Insane asylums Bombay 1873-77 - 1873-1877
Year: 1873
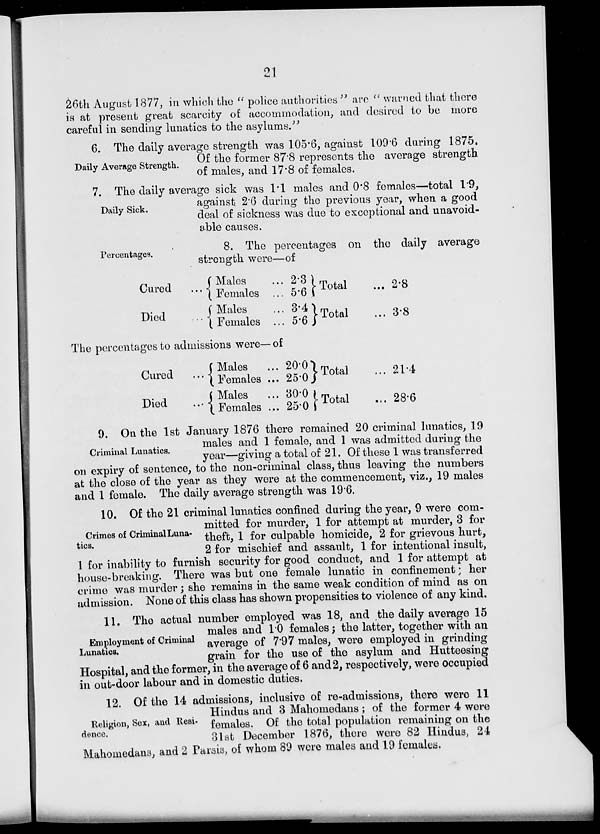
21
26th August 1877, in which the " police authorities " are " warned that there
is at present great scarcity of accommodation, and desired to be more
careful in sending lunatics to the asylums."
Daily Average Strength.
6. The daily average strength was 105.6, against 109.6 during 1875,
Of the former 87.8 represents the average strength
of males, and 17.8 of females.
Daily Sick.
7. The daily average sick was 1.1 males and 0.8 females—total 1.9,
against 2.6 during the previous year, when a good
deal of sickness was due to exceptional and unavoid-
able causes.
Percentages.
8. The percentages on the daily average
strength were—of
Cured ...
Died
...
Males ...
Females ...
Males ...
Females ...
2.3
5.6
3.4
5.6
Total ...
Total ...
2.8
3.8
The percentages to admissions were—of
Cured ...
Died
...
Males ...
Females ...
Males ...
Females ...
20.0
25.0
30.0
25.0
Total ...
Total ...
21.4
28.6
Criminal Lunatics.
9. On the 1st January 1876 there remained 20 criminal lunatics, 19
males and 1 female, and 1 was admitted during the
year—giving a total of 21. Of these 1 was transferred
on expiry of sentence, to the non-criminal class, thus leaving the numbers
at the close of the year as they were at the commencement, viz., 19 males
and 1 female. The daily average strength was 19.6.
Crimes of Criminal Luna-
tics.
10. Of the 21 criminal lunatics confined during the year, 9 were com-
mitted for murder, 1 for attempt at murder, 3 for
theft, 1 for culpable homicide, 2 for grievous hurt,
2 for mischief and assault, 1 for intentional insult,
1 for inability to furnish security for good conduct, and 1 for attempt at
house-breaking. There was but one female lunatic in confinement; her
crime was murder; she remains in the same weak condition of mind as on
admission. None of this class has shown propensities to violence of any kind.
Employment of Criminal
Lunatics.
11. The actual number employed was 18, and the daily average 15
males and 1.0 females; the latter, together with an
average of 7.97 males, were employed in grinding
grain for the use of the asylum and Hutteesing
Hospital, and the former, in the average of 6 and 2, respectively, were occupied
in out-door labour and in domestic duties.
Religion, Sex, and Resi-
dence.
12. Of the 14 admissions, inclusive of re-admissions, there were 11
Hindus and 3 Mahomedans ; of the former 4 were
females. Of the total population remaining on the
31st December 1876, there were 82 Hindus, 24
Mahomedans, and 2 Parsis, of whom 89 were males and 19 females.